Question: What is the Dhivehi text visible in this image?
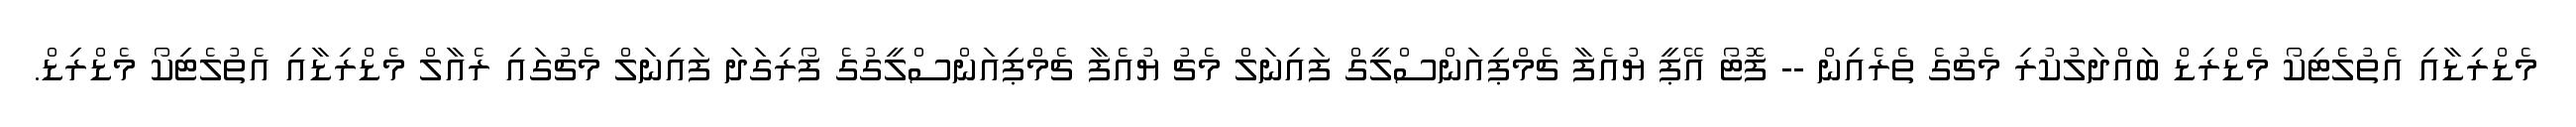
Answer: މެޑްރިޑާއި އެތުލެޓިކޯ މެޑްރިޑް ބައްދަލުކުރި މެޗުގެ ތެރެއިން -- ފޮޓޯ އޭޕީ ޔުއެފާ ޗެމްޕިއަންސްލީގް ފައިނަލް މެޗު ޔުއެފާ ޗެމްޕިއަންސްލީގުގެ ފޯރިގަދަ ފައިނަލް މެޗުގައި ރެއާލް މެޑްރިޑާއި އެތުލެޓިކޯ މެޑްރިޑް.